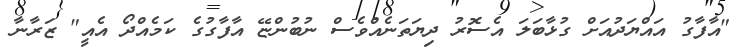
"އާފާގު އައްޔަދުއަށް ގުޅާބަލަ އެސޮރު ދިޔަތަނެއްވެސް ނުބުންޏޭ އާފާގުގެ ކަމެއްދޯ އެއީ" ޒަރާނާ